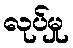
လုပ်မှု